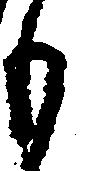
も